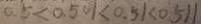
0 . 5 < 0 . 5 0 1 < 0 . 5 1 < 0 . 5 1 1